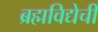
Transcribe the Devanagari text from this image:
ब्रह्मविद्येची